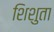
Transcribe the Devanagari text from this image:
शिशुता